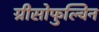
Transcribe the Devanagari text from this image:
ग्रीसोफुल्विन